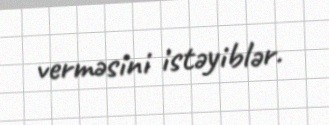
verməsini istəyiblər.